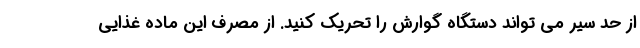
از حد سیر می تواند دستگاه گوارش را تحریک کنید. از مصرف این ماده غذایی